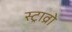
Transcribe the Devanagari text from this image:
स्ट्राव्रो